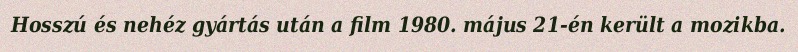
Hosszú és nehéz gyártás után a film 1980. május 21-én került a mozikba.